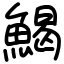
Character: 𩹄